Madras plague regulations and rules for district municipalities and other towns and villages
Disease focus: Plague
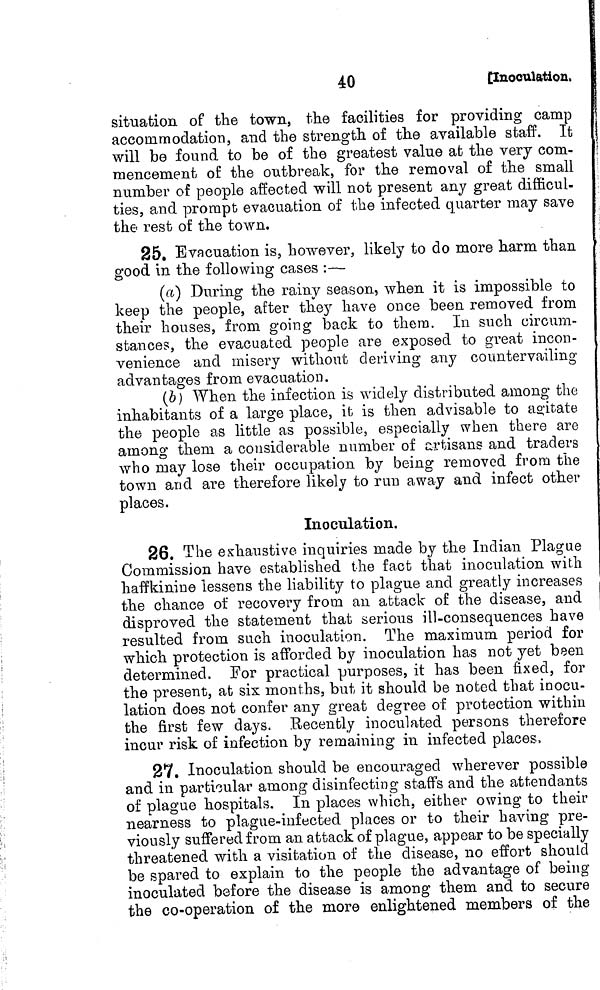
40
[Inoculation,
situation of the town, the facilities for providing camp
accommodation, and the strength of the available staff. It
will be found to be of the greatest value ab the very com-
mencement of the outbreak, for the removal of the small
number of people affected will not present any great difficul-
ties, and prompt evacuation of the infected quarter may save
the rest of the town.
25. Evacuation is, however, likely to do more harm than
good in the following cases :—
(a) During the rainy season, when it is impossible to
keep the people, after they have once been removed from
their houses, from going back to them. In such circum-
stances, the evacuated people are exposed to great incon-
venience and misery without deriving any countervailing
advantages from evacuation.
(b) When the infection is widely distributed among the
inhabitants of a large place, it is then advisable to agitate
the people as little as possible, especially when there are
among them a considerable number of artisans and traders
who may lose their occupation by being removed from the
town and are therefore likely to run away and infect other
places.
Inoculation.
26. The exhaustive inquiries made by the Indian Plague
Commission have established the fact that inoculation with
haffkiniue lessens the liability to plague and greatly increases
the chance of recovery from an attack of the disease, and
disproved the statement that serious ill-consequences have
resulted from such inoculation. The maximum period for
which protection is afforded by inoculation has not yet been
determined. For practical purposes, it has been fixed, for
the present, at six months, but it should be noted that inocu-
lation does not confer any great degree of protection within
the first few days. Recently inoculated persons therefore
incur risk of infection by remaining in infected places,
27. Inoculation should be encouraged wherever possible
and in particular among disinfecting staffs and the attendants
of plague hospitals. In places which, either owing to their
nearness to plague-infected places or to their having pre-
viously suffered from an attack of plague, appear to be specially
threatened with a visitation of the disease, no effort should
be spared to explain to the people the advantage of being
inoculated before the disease is among them and to secure
the co-operation of the more enlightened members of the